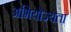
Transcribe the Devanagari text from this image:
अभियोज्यता